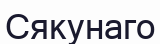
Сякунаго